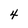
Character: 4